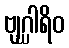
ဗျဂ္ဃါရိဝ